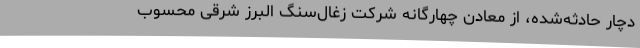
دچار حادثه‌شده، از معادن چهارگانه شرکت زغال‌سنگ البرز شرقی محسوب